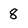
Character: 8